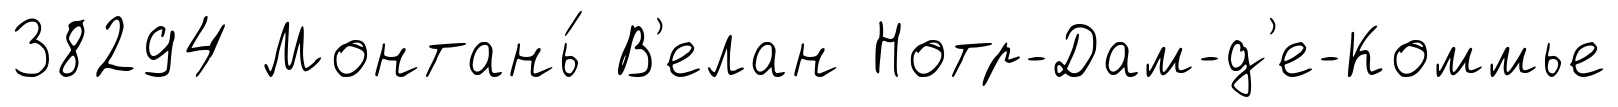
38294 Монтань́ В'елан Нотр-Дам-д'е-Коммье